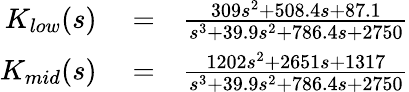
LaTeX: \begin{array}{rlr}{K_{low}(s)}&{{}=}&{\frac{309s^{2}+508.4s+87.1}{s^{3}+39.9s^{2}+786.4s+2750}}\\ {K_{mid}(s)}&{{}=}&{\frac{1202s^{2}+2651s+1317}{s^{3}+39.9s^{2}+786.4s+2750}}\end{array}